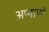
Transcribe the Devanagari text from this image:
अप्पाणं